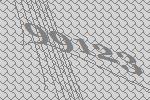
99123